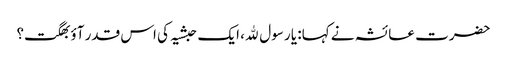
حضرت عائشہ نے کہا: یا رسول ﷲ، ایک حبشیہ کی اس قدر آؤبھگت؟